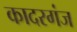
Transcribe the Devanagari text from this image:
कादरगंज